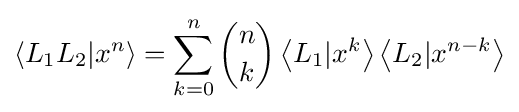
\left\langle L_{1}L_{2}|x^{n}\right\rangle =\sum _{k=0}^{n}{n \choose k}\left\langle L_{1}|x^{k}\right\rangle \left\langle L_{2}|x^{n-k}\right\rangle